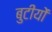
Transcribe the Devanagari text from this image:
बुटीयों